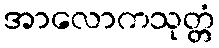
အာလောကသုတ္တံ